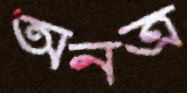
অনত্র